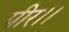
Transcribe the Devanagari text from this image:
पीर।।